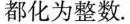
都化为整数。